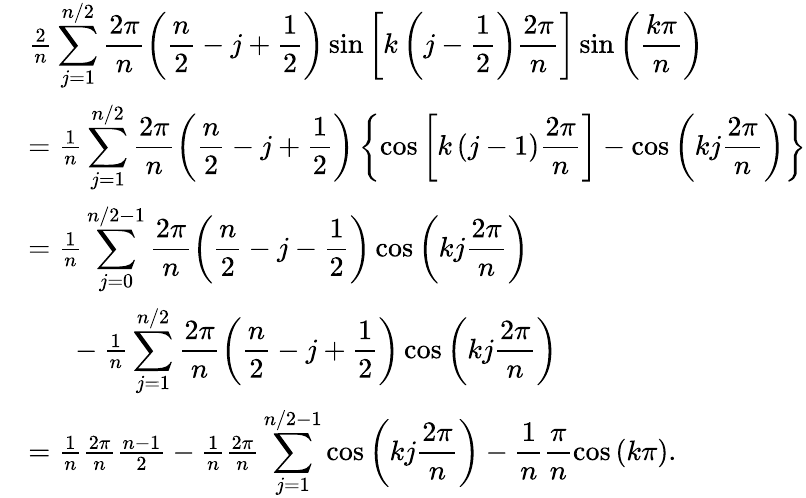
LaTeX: \begin{array}{rl}&{\frac{2}{n}\displaystyle\sum_{j=1}^{n/2}\frac{2\pi}{n}\left(\frac{n}{2}-j+\frac{1}{2}\right)\sin{\left[k\left(j-\frac{1}{2}\right)\frac{2\pi}{n}\right]}\sin{\left(\frac{k\pi}{n}\right)}}\\ &{=\frac{1}{n}\displaystyle\sum_{j=1}^{n/2}\frac{2\pi}{n}\left(\frac{n}{2}-j+\frac{1}{2}\right)\left\lbrace\cos{\left[k\left(j-1\right)\frac{2\pi}{n}\right]}-\cos{\left(kj\frac{2\pi}{n}\right)}\right\rbrace}\\ &{=\frac{1}{n}\displaystyle\sum_{j=0}^{n/2-1}\frac{2\pi}{n}\left(\frac{n}{2}-j-\frac{1}{2}\right)\cos{\left(kj\frac{2\pi}{n}\right)}}\\ &{\phantom{2pc}-\frac{1}{n}\displaystyle\sum_{j=1}^{n/2}\frac{2\pi}{n}\left(\frac{n}{2}-j+\frac{1}{2}\right)\cos{\left(kj\frac{2\pi}{n}\right)}}\\ &{=\frac{1}{n}\frac{2\pi}{n}\frac{n-1}{2}-\frac{1}{n}\frac{2\pi}{n}\displaystyle\sum_{j=1}^{n/2-1}\cos{\left(kj\frac{2\pi}{n}\right)}-\frac{1}{n}\frac{\pi}{n}\cos{\left(k\pi\right)}.}\end{array}